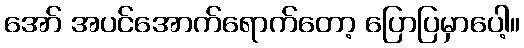
အော် အပင်အောက်ရောက်တော့ ပြောပြမှာပေါ့။